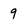
Character: 9